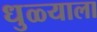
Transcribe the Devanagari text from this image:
धुळ्याला